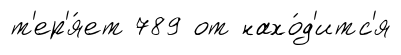
т'ер'я́ет 789 от нахо́д'итс'я